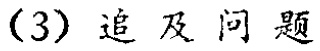
(3) 追及问题